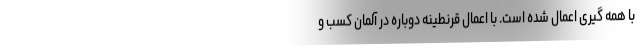
با همه گیری اعمال شده است. با اعمال قرنطینه دوباره در آلمان کسب و